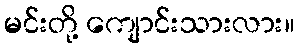
မင်းတို့ ကျောင်းသားလား။